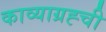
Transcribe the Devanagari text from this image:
काव्याग्रह्ची